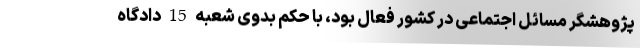
پژوهشگر مسائل اجتماعی در کشور فعال بود، با حکم بدوی شعبه 15 دادگاه